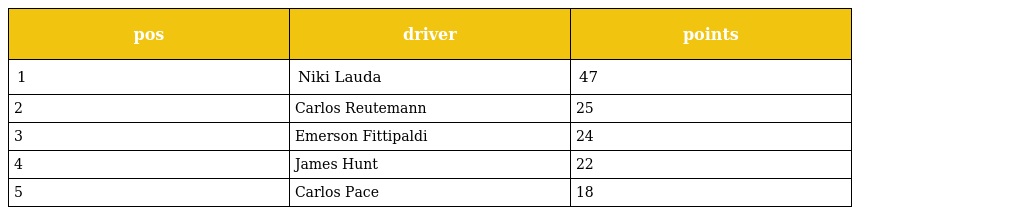
| pos | driver | points |
 | --- | --- | --- |
 | 1 | Niki Lauda | 47 |
 | 2 | Carlos Reutemann | 25 |
 | 3 | Emerson Fittipaldi | 24 |
 | 4 | James Hunt | 22 |
 | 5 | Carlos Pace | 18 |